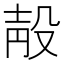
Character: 𣪗